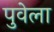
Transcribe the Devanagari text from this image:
पुवेला